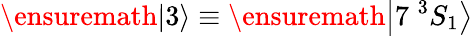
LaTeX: \ensuremath{\left|3\right\rangle}\equiv\ensuremath{\left|7\; ^{3}S_{1}\right\rangle}